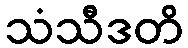
သံသီဒတိ